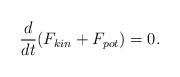
LaTeX: \begin{align*}\frac{d}{dt}(F_{kin}+F_{pot})=0.\end{align*}